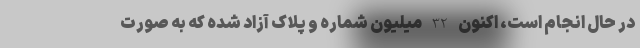
در حال انجام است، اکنون 32 میلیون شماره و پلاک آزاد شده که به صورت